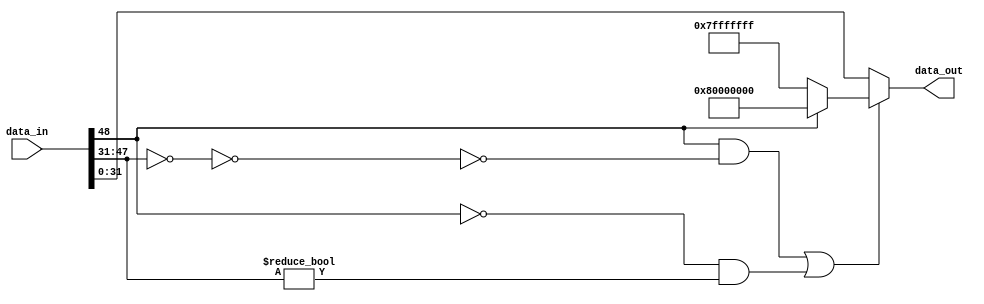
module NV_soDLA_HLS_saturate( // @[:@3.2]
  input  [48:0] data_in, // @[:@6.4]
  output [31:0] data_out // @[:@6.4]
);
  wire  data_sign; // @[NV_NVDLA_HLS_saturate.scala 19:28:@11.4]
  wire [16:0] _T_13; // @[NV_NVDLA_HLS_saturate.scala 21:46:@13.4]
  wire [16:0] _T_14; // @[NV_NVDLA_HLS_saturate.scala 21:72:@14.4]
  wire  _T_16; // @[NV_NVDLA_HLS_saturate.scala 21:72:@15.4]
  wire  _T_17; // @[NV_NVDLA_HLS_saturate.scala 21:34:@16.4]
  wire  _T_18; // @[NV_NVDLA_HLS_saturate.scala 21:32:@17.4]
  wire  _T_19; // @[NV_NVDLA_HLS_saturate.scala 21:82:@18.4]
  wire  _T_22; // @[NV_NVDLA_HLS_saturate.scala 21:132:@20.4]
  wire  _T_23; // @[NV_NVDLA_HLS_saturate.scala 21:93:@21.4]
  wire  tru_need_sat; // @[NV_NVDLA_HLS_saturate.scala 21:79:@22.4]
  wire [31:0] data_max; // @[NV_NVDLA_HLS_saturate.scala 23:20:@29.4]
  wire [48:0] _T_41; // @[NV_NVDLA_HLS_saturate.scala 25:23:@31.4]
  assign data_sign = data_in[48]; // @[NV_NVDLA_HLS_saturate.scala 19:28:@11.4]
  assign _T_13 = data_in[47:31]; // @[NV_NVDLA_HLS_saturate.scala 21:46:@13.4]
  assign _T_14 = ~ _T_13; // @[NV_NVDLA_HLS_saturate.scala 21:72:@14.4]
  assign _T_16 = _T_14 == 17'h0; // @[NV_NVDLA_HLS_saturate.scala 21:72:@15.4]
  assign _T_17 = ~ _T_16; // @[NV_NVDLA_HLS_saturate.scala 21:34:@16.4]
  assign _T_18 = data_sign & _T_17; // @[NV_NVDLA_HLS_saturate.scala 21:32:@17.4]
  assign _T_19 = ~ data_sign; // @[NV_NVDLA_HLS_saturate.scala 21:82:@18.4]
  assign _T_22 = _T_13 != 17'h0; // @[NV_NVDLA_HLS_saturate.scala 21:132:@20.4]
  assign _T_23 = _T_19 & _T_22; // @[NV_NVDLA_HLS_saturate.scala 21:93:@21.4]
  assign tru_need_sat = _T_18 | _T_23; // @[NV_NVDLA_HLS_saturate.scala 21:79:@22.4]
  assign data_max = data_sign ? 32'h80000000 : 32'h7fffffff; // @[NV_NVDLA_HLS_saturate.scala 23:20:@29.4]
  assign _T_41 = tru_need_sat ? {{17'd0}, data_max} : data_in; // @[NV_NVDLA_HLS_saturate.scala 25:23:@31.4]
  assign data_out = _T_41[31:0]; // @[NV_NVDLA_HLS_saturate.scala 25:17:@32.4]
endmodule


module NV_NVDLA_HLS_saturate (
   data_in
  ,data_out
  );

parameter  IN_WIDTH  = 49;
parameter  OUT_WIDTH = 32;


input  [IN_WIDTH-1:0]  data_in;
output [OUT_WIDTH-1:0] data_out;

wire   [OUT_WIDTH-1:0] data_max;
wire                   data_sign;
wire                   tru_need_sat;


// synoff nets

// monitor nets

// debug nets

// tie high nets

// tie low nets

// no connect nets

// not all bits used nets

// todo nets

    
assign  data_sign = data_in[IN_WIDTH-1];

assign  tru_need_sat = ( data_sign & ~(&data_in[IN_WIDTH-2:OUT_WIDTH-1])) |
                       (~data_sign &  (|data_in[IN_WIDTH-2:OUT_WIDTH-1]));

assign  data_max = data_sign ? {1'b1, {(OUT_WIDTH-1){1'b0}}} : ~{1'b1, {(OUT_WIDTH-1){1'b0}}};

assign  data_out = tru_need_sat ? data_max : data_in[((OUT_WIDTH) - 1):0];

endmodule // NV_NVDLA_HLS_saturate